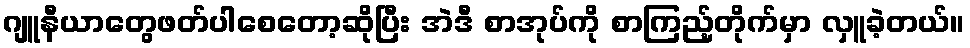
ဂျူနီယာတွေဖတ်ပါစေတော့ဆိုပြီး အဲဒီ စာအုပ်ကို စာကြည့်တိုက်မှာ လှူခဲ့တယ်။